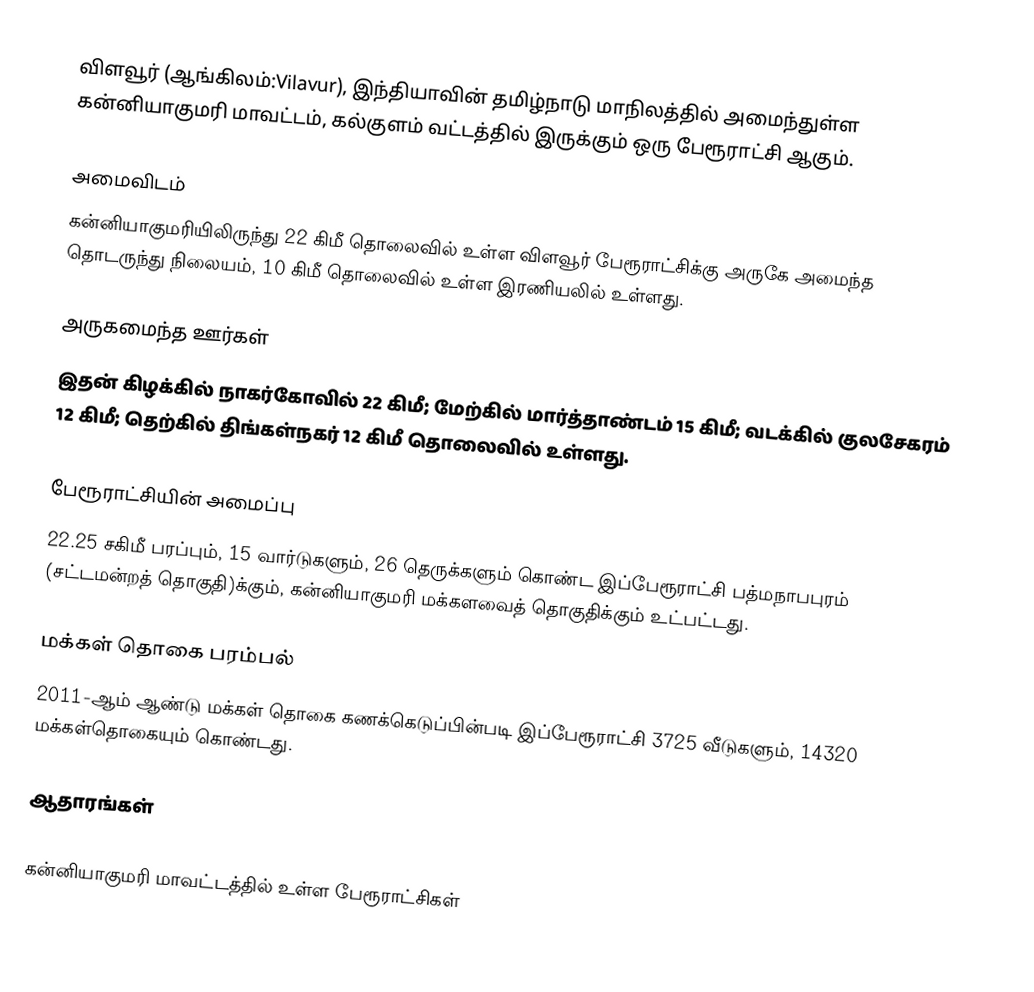
விளவூர் (ஆங்கிலம்:Vilavur), இந்தியாவின் தமிழ்நாடு மாநிலத்தில் அமைந்துள்ள கன்னியாகுமரி மாவட்டம், கல்குளம் வட்டத்தில் இருக்கும் ஒரு பேரூராட்சி ஆகும்.

அமைவிடம்
கன்னியாகுமரியிலிருந்து 22 கிமீ தொலைவில் உள்ள விளவூர் பேரூராட்சிக்கு அருகே அமைந்த தொடருந்து நிலையம், 10 கிமீ தொலைவில் உள்ள இரணியலில் உள்ளது.

அருகமைந்த ஊர்கள்
இதன் கிழக்கில் நாகர்கோவில் 22 கிமீ; மேற்கில்  மார்த்தாண்டம் 15 கிமீ; வடக்கில் குலசேகரம் 12 கிமீ; தெற்கில் திங்கள்நகர் 12 கிமீ தொலைவில் உள்ளது.

பேரூராட்சியின் அமைப்பு
22.25 சகிமீ  பரப்பும், 15  வார்டுகளும், 26 தெருக்களும் கொண்ட இப்பேரூராட்சி  பத்மநாபபுரம் (சட்டமன்றத் தொகுதி)க்கும், கன்னியாகுமரி மக்களவைத் தொகுதிக்கும் உட்பட்டது.

மக்கள் தொகை பரம்பல்
2011-ஆம் ஆண்டு மக்கள் தொகை கணக்கெடுப்பின்படி  இப்பேரூராட்சி                           3725 வீடுகளும், 14320 மக்கள்தொகையும் கொண்டது.

ஆதாரங்கள்

கன்னியாகுமரி மாவட்டத்தில் உள்ள பேரூராட்சிகள்